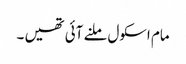
مام اسکول ملنے آئی تھیں ۔